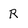
Character: R